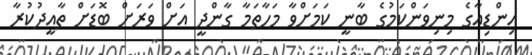
އިންޑިއާގެ މިނިވަންކަމުގެ ބާނީ ކަމަށްވާ މަހާތަމާ ގާންދީ އަށް ވަރަށް ބޮޑަށް ތާއީދުކުރާ